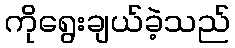
ကိုရွေးချယ်ခဲ့သည်